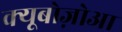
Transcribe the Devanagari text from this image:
क्यूबोज़ोआ